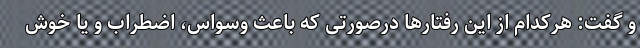
و گفت: هرکدام از این رفتارها درصورتی که باعث وسواس، اضطراب و یا خوش